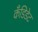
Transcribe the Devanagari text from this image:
कँडिडेट